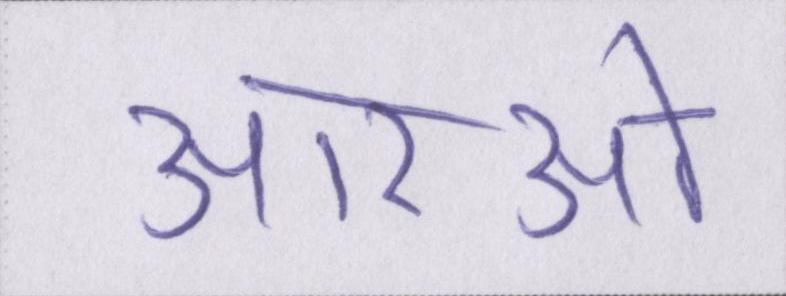
आरओ